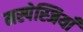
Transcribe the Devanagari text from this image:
मस्पेस्जियाँ